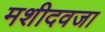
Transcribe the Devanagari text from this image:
मशीदवजा